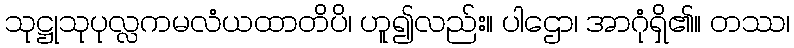
သုဋ္ဌုသုပုလ္လကမလံယထာတိပိ၊ ဟူ၍လည်း။ ပါဌော၊ အာဂုံရှိ၏။ တဿ၊